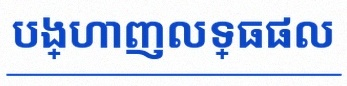
បង្ហាញលទ្ធផល